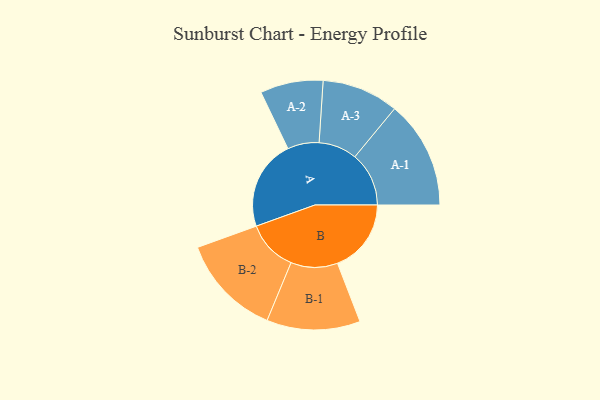
{"axis": {"x": "Segment", "y": "Value"}, "legend": ["", "A", "B"], "data": [{"x": "A", "y": 484, "type": ""}, {"x": "B", "y": 396, "type": ""}, {"x": "A-1", "y": 290, "type": "A"}, {"x": "A-2", "y": 169, "type": "A"}, {"x": "A-3", "y": 206, "type": "A"}, {"x": "B-1", "y": 251, "type": "B"}, {"x": "B-2", "y": 274, "type": "B"}]}